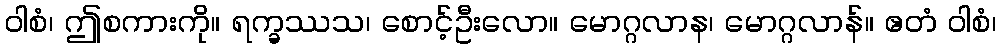
ဝါစံ၊ ဤစကားကို။ ရက္ခဿသ၊ စောင့်ဦးလော။ မောဂ္ဂလာန၊ မောဂ္ဂလာန်။ ဧတံ ဝါစံ၊